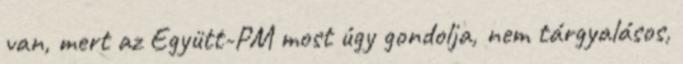
van, mert az Együtt-PM most úgy gondolja, nem tárgyalásos,